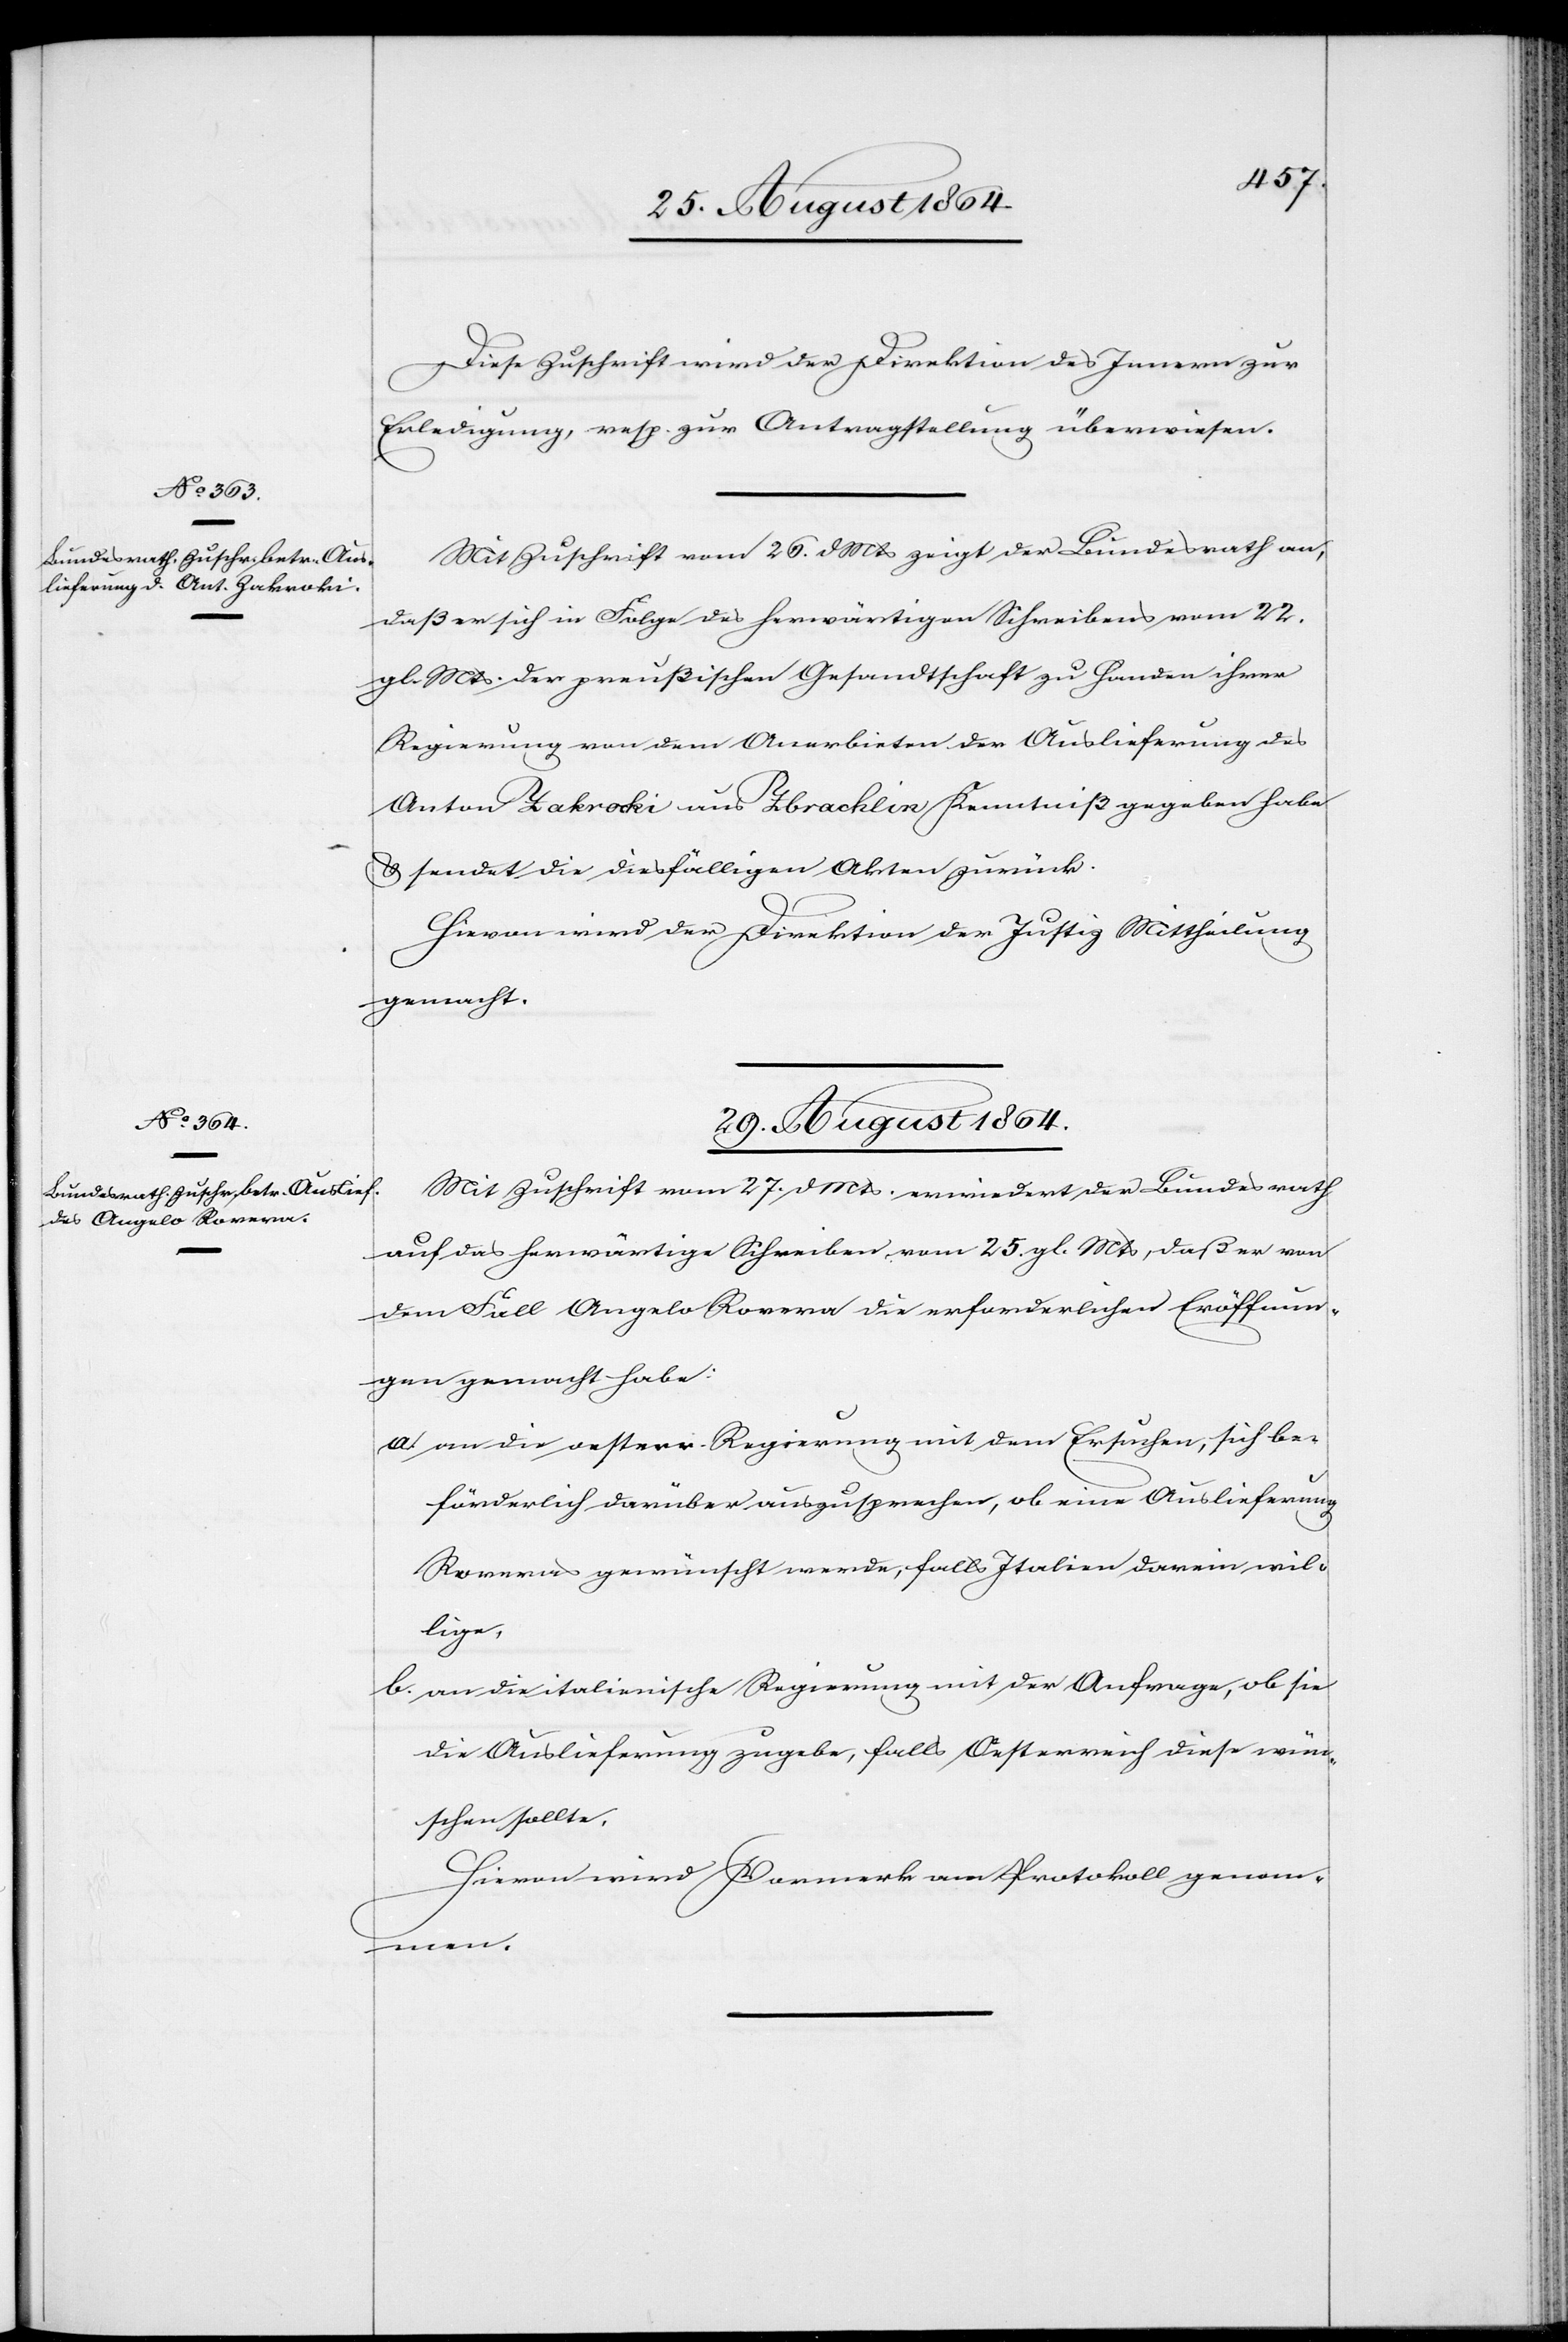
28. August 1864.]
Diese Zuschrift wird der Direktion des Innern zur
Erledigung, resp. zur Antragstellung überwiesen.
Mit Zuschrift vom 26. d. Mts zeigt der Bundesrath an,
daß er sich in Folge des herwärtigen Schreibens vom 22.
gl. Mts. der preußischen Gesandtschaft zu Handen ihrer
Regierung von dem Anerbieten der Auslieferung des
Anton Zakroki aus Zbrachlin Kenntniß gegeben habe
& sendet die diesfälligen Akten zurück.
Hievon wird der Direktion der Justiz Mittheilung
gemacht.
29. August 1864.
Mit Zuschrift vom 27. d. Mts. erwiedert der Bundesrath
auf das herwärtige Schreiben vom 25. gl. Mts, daß er von
dem Fall Angelo Rovera die erforderlichen Eröffnun¬
gen gemacht habe:
a.	an die oesterr. Regierung mit dem Ersuchen, sich be¬
förderlich darüber auszusprechen, ob eine Auslieferung
Roveras gewünscht werde, falls Italien darein wil¬
lige
b.	an die italienische Regierung mit der Anfrage, ob sie
die Auslieferung zugebe, falls Oesterreich diese wün¬
schen sollte.
Hievon wird Vormerk am Protokoll genom¬
men.